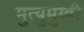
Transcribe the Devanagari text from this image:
मुत्युमुखी